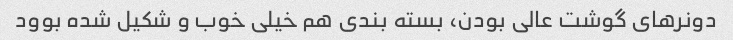
دونر‌های گوشت عالی بودن، بسته بندی هم خیلی خوب و شکیل شده بوود